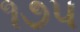
૧૭૫